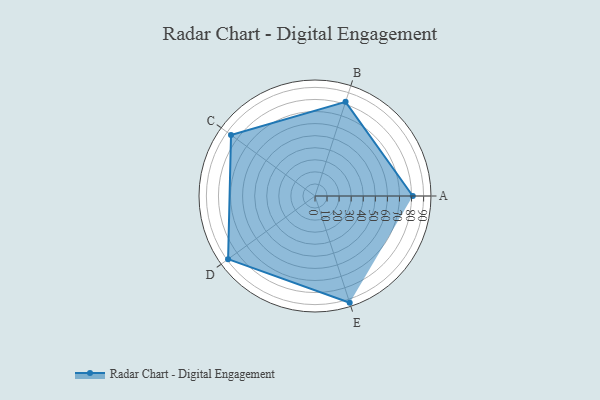
{"axis": {"x": "Skill", "y": "Score"}, "legend": ["Profile"], "data": [{"x": "A", "y": 81.0, "type": "Profile"}, {"x": "B", "y": 82.0, "type": "Profile"}, {"x": "C", "y": 86.0, "type": "Profile"}, {"x": "D", "y": 89.0, "type": "Profile"}, {"x": "E", "y": 93.0, "type": "Profile"}]}